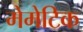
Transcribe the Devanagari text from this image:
मेमेटिक